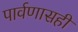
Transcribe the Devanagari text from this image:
पार्वणासही